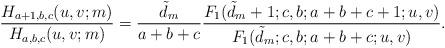
LaTeX: \begin{align*} \frac{ H_{a+1,b,c}(u,v;m) }{ H_{a,b,c}(u,v;m) } = \frac{\tilde d_m}{ a+b+c} \frac{ F_1(\tilde d_m+1;c,b;a+b+c+1;u,v) }{ F_1(\tilde d_m;c,b;a+b+c;u,v) } . \end{align*}